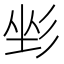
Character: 𢒐